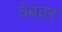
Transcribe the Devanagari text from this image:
वेबवर